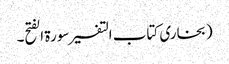
(بخاری کتاب التفسیر سورۃ الفتح۔